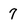
Character: 7